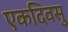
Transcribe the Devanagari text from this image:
एकदिवसु